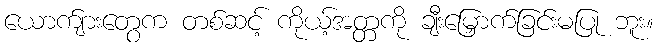
ယောက်ျားတွေက တစ်ဆင့် ကိုယ့်အတ္တကို ချီးမြှောက်ခြင်းမပြု ဘူး။